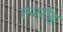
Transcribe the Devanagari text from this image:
तजरीह